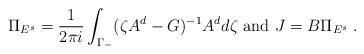
LaTeX: \begin{align*} \Pi_{E^s}=\frac{1}{2\pi i} \int_{\Gamma_-}(\zeta A^d - G)^{-1}A^d d\zeta \mbox{ and } J = B\Pi_{E^s}\;. \end{align*}